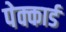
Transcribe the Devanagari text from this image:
पेक्कार्ड